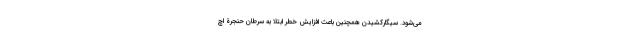
می‌شود. سیگارکشیدن همچنین باعث افزایش خطر ابتلا به سرطان حنجرة اچ